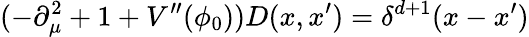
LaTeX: (-\partial_{\mu}^{2}+1+V^{\prime\prime}(\phi_{0}))D(x,x^{\prime})=\delta^{d+1}(x-x^{\prime})